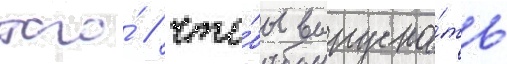
того́ / что́бы выпуска́ть